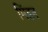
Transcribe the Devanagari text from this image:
मिंडन